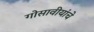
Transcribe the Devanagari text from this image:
गोसावीयांचे